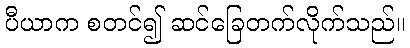
ပီယာက စတင်၍ ဆင်ခြေတက်လိုက်သည်။